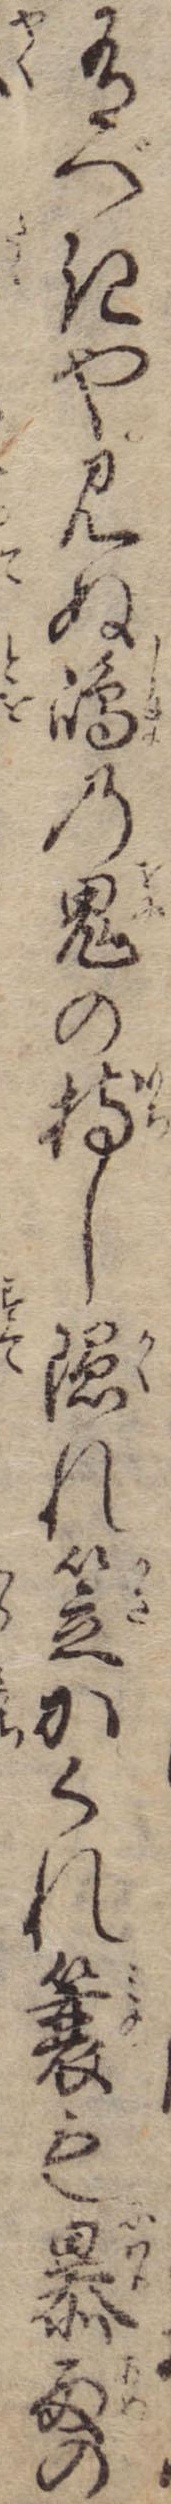
有べきや見ぬ島の鬼の持し隠れ笠かくれ簔も暴雨の